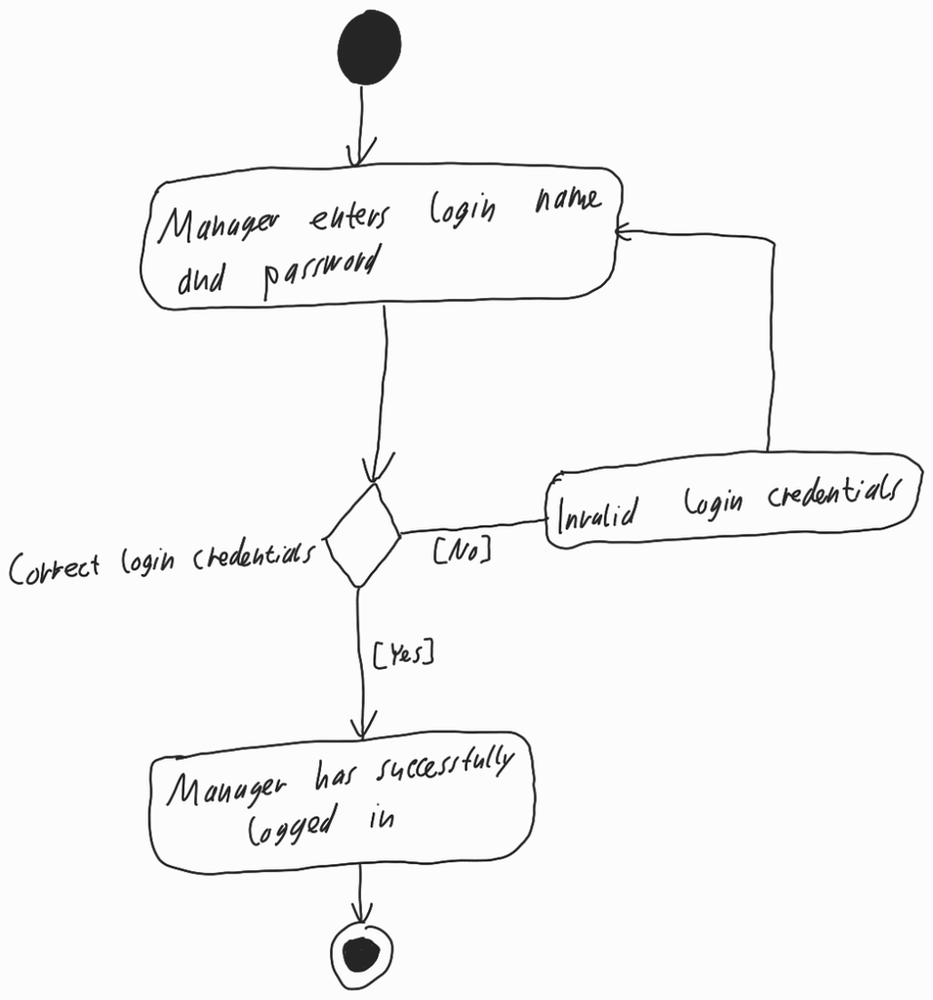
Diagram type: activity_diagram
```plantuml
@startuml

start

repeat:Admin enters login name and password;

backward:Invalid login credentials;

repeat while (Correct login credentials) is ([No]) not ([Yes])

:Manager has successfully logged in;

stop

@enduml
```